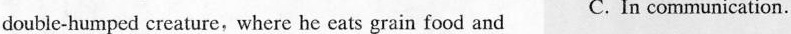
double-humped creature,where he cats grain food and C. In communication.